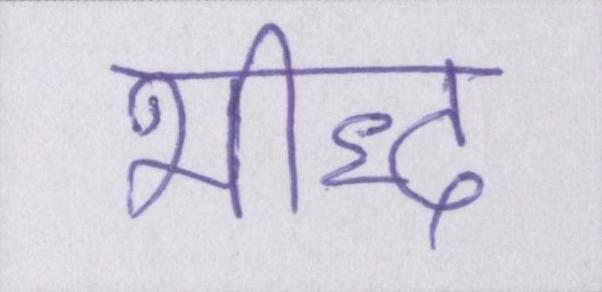
भीद्ध